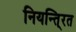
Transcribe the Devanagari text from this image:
नियन्ति्रत